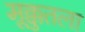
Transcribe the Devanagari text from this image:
मूक्कुतला